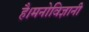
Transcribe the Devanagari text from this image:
है।मनोविज्ञानी